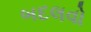
બદલવો